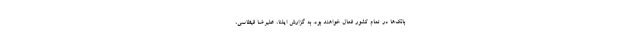
بانک‌ها در تمام کشور فعال خواهند بود. به گزارش ایلنا، علیرضا قیطاسی،